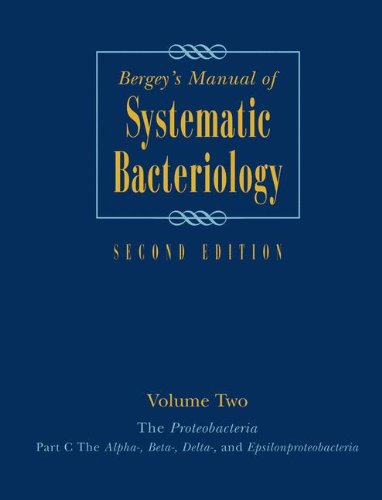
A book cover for Bergey's Manual of Systematic Bacteriology, Vol. 2: The Proteobacteria, Part C; Medical Books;